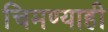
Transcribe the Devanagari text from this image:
चिमण्याही